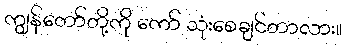
ကျွန်တော်တို့ကို ကော် သုံးစေချင်တာလား။